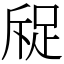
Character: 䟟